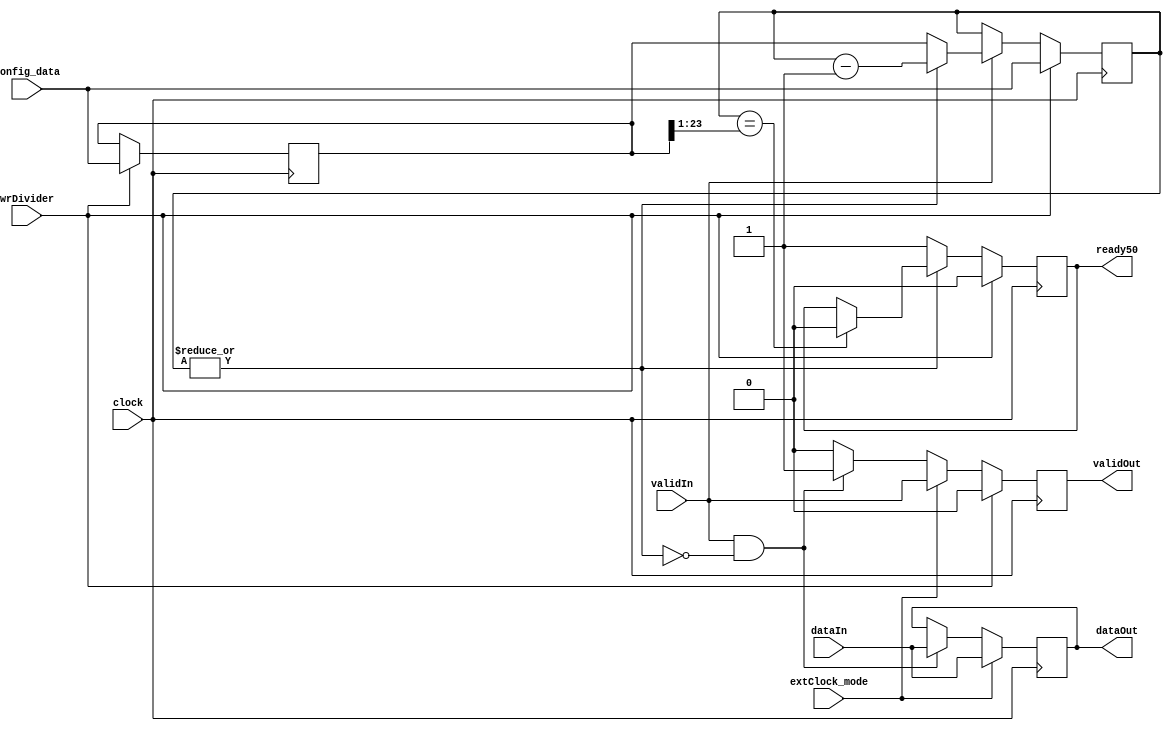
module sampler (
  clock, extClock_mode, 
  wrDivider, config_data, 
  validIn, dataIn, 
  // outputs
  validOut, dataOut, ready50);

input clock; 			// internal clock
input extClock_mode;		// clock selection
input wrDivider; 		// write divider register
input [23:0] config_data; 	// configuration data
input validIn;			// dataIn is valid
input [31:0] dataIn; 		// 32 input channels
output validOut; 		// new sample ready
output [31:0] dataOut; 		// sampled data
output ready50;

parameter TRUE = 1'b1;
parameter FALSE = 1'b0;


//
// Registers...
//
reg validOut, next_validOut;
reg [31:0] dataOut, next_dataOut;
reg ready50, next_ready50; // low rate sample signal with 50% duty cycle

reg [23:0] divider, next_divider; 
reg [23:0] counter, next_counter;	// Made counter decrementing.  Better synth.
wire counter_zero = ~|counter;


//
// Generate slow sample reference...
//
initial
begin
  divider = 0;
  counter = 0;
  validOut = 0;
  dataOut = 0;
end
always @ (posedge clock) 
begin
  divider = next_divider;
  counter = next_counter;
  validOut = next_validOut;
  dataOut = next_dataOut;
end

always @*
begin
  #1;
  next_divider = divider;
  next_counter = counter;
  next_validOut = FALSE;
  next_dataOut = dataOut;

  if (extClock_mode)
    begin
      next_validOut = validIn;
      next_dataOut = dataIn;
    end
  else if (validIn && counter_zero)
    begin
      next_validOut = TRUE;
      next_dataOut = dataIn;
    end

  //
  // Manage counter divider for internal clock sampling mode...
  //
  if (wrDivider)
    begin
      next_divider = config_data[23:0];
      next_counter = next_divider;
      next_validOut = FALSE; // reset
    end
  else if (validIn) 
    if (counter_zero)
      next_counter = divider;
    else next_counter = counter-1'b1;
end


//
// Generate ready50 50% duty cycle sample signal...
//
always @(posedge clock) 
begin
  ready50 = next_ready50;
end

always @*
begin
  #1;
  next_ready50 = ready50;
  if (wrDivider)
    next_ready50 = FALSE; // reset
  else if (counter_zero)
    next_ready50 = TRUE;
  else if (counter == divider[23:1])
    next_ready50 = FALSE;
end
endmodule